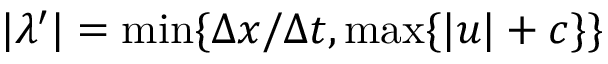
| \lambda ^ { \prime } | = \operatorname* { m i n } \{ \Delta x / \Delta t , \operatorname* { m a x } \{ | u | + c \} \}